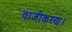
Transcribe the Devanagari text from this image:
वाजीकरण।